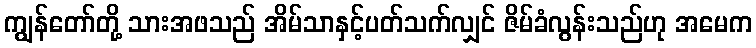
ကျွန်တော်တို့ သားအဖသည် အိမ်သာနှင့်ပတ်သက်လျှင် ဇိမ်ခံလွန်းသည်ဟု အမေက